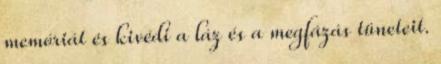
memóriát és kivédi a láz és a megfázás tüneteit.